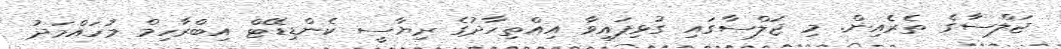
ޖަލްސާގެ ތެރެއިން. މި ޖަލްސާގައި ގުޅިފައިވާ އިއްތިހާދުގެ ރިޔާސީ ކެންޑިޑޭޓް އިބްރާހިމް މުހައްމަދު